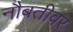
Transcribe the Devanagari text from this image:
नौबतीवर